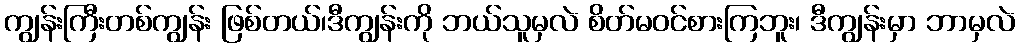
ကျွန်းကြီးတစ်ကျွန်း ဖြစ်တယ်၊ဒီကျွန်းကို ဘယ်သူမှလဲ စိတ်မဝင်စားကြဘူး၊ ဒီကျွန်းမှာ ဘာမှလဲ